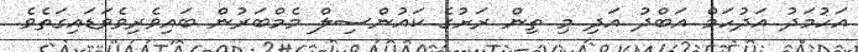
އަހުމަދު އަދުހަމް އަބްދު އަދި މި ތިން ރަށުގެ ކައުންސިލް މެމްބަރުން ބައިވެރިވެވަޑައިގަތެވެ.